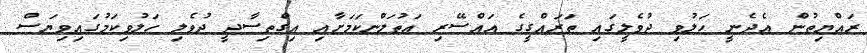
ރައްޔިތުން އެދެނީ ހަލުވި ދުވެލީގައި ތަރައްގީގެ އައްސޭރި އަތުލަންކަމަށާއި އިގްތިސާދީ ދުވެލި ހަލުވިކަމުގައިވިޔަސް